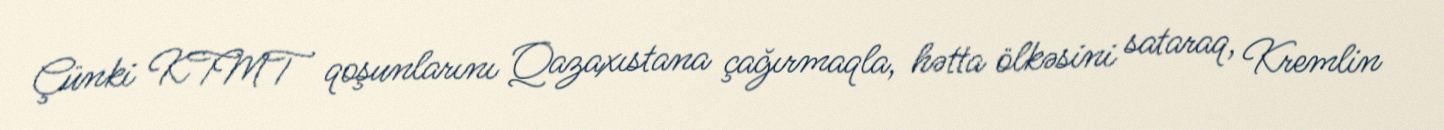
Çünki KTMT qoşunlarını Qazaxıstana çağırmaqla, hətta ölkəsini sataraq, Kremlin